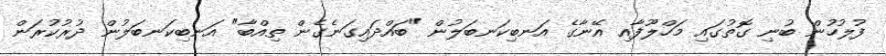
ފުލުހުން ބުނި ގޮތުގައި މަހްލޫފާއި އޭނާގެ އަނބިކަނބަލުން "ބައްދައިގަނެގެން ތިއްބާ" އަނބިކަނބަލުން ދުރުކުރަން